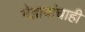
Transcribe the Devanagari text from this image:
भेद्भावांचाही